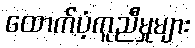
ထောက်ပံ့ကူညီမှုများ